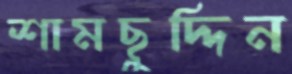
শামছুদ্দিন